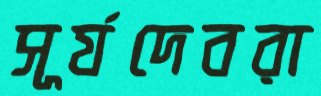
সূর্যদেবরা